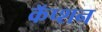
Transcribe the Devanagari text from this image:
कॅप्शन